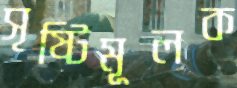
সৃষ্টিমূলক